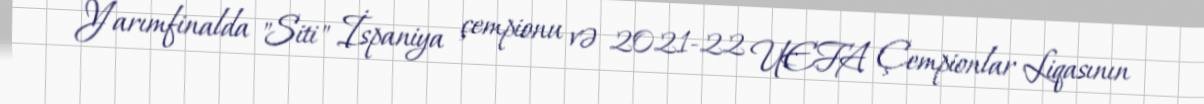
Yarımfinalda "Siti" İspaniya çempionu və 2021-22 UEFA Çempionlar Liqasının